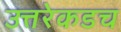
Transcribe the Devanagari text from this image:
उत्तरेकडच